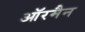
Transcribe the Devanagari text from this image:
ऑरमैन